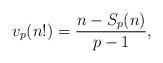
LaTeX: \begin{align*}v_p(n!)=\frac{n-S_p(n)}{p-1},\end{align*}